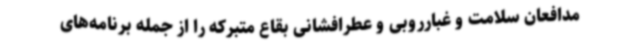
مدافعان سلامت و غبارروبی و عطرافشانی بقاع متبرکه را از جمله برنامه‌های